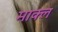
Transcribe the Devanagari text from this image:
माक्ल